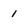
Character: 1